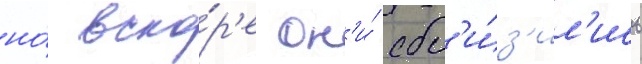
но́ вско́р'е он'и́ сбл'и́з'ил'ись